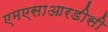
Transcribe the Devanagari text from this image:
एमएसाआरडीसी